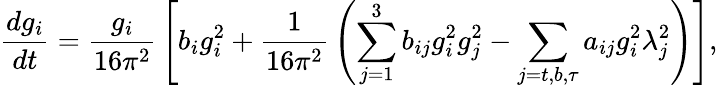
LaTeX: {\frac{dg_{i}}{dt}}={\frac{g_{i}}{16\pi^{2}}}\left[b_{i}g_{i}^{2}+{\frac{1}{16\pi^{2}}}\left(\sum_{j=1}^{3}b_{ij}g_{i}^{2}g_{j}^{2}-\sum_{j=t,b,\tau}a_{ij}g_{i}^{2}\lambda_{j}^{2}\right)\right],